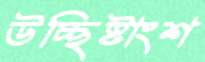
উচ্ছিষ্টাংশ